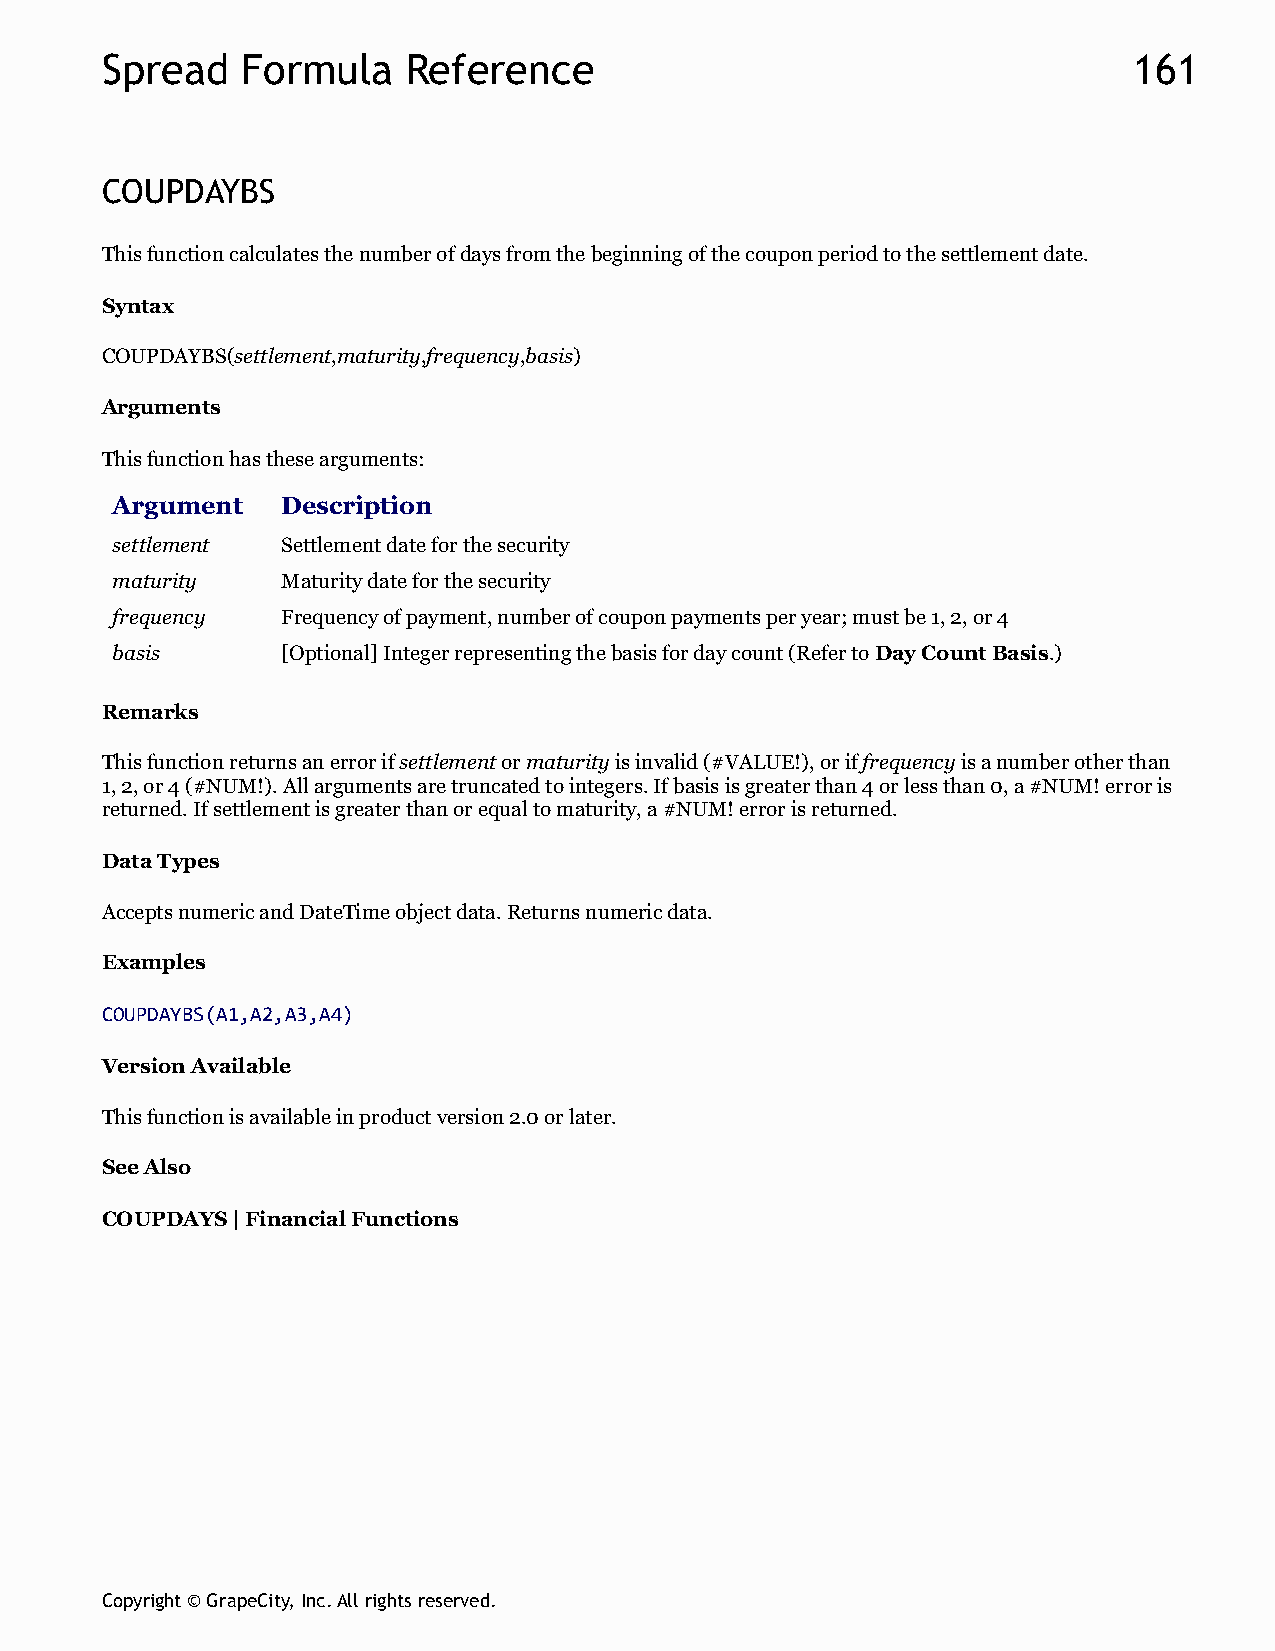
Spread   Formula    Reference                                       161
 COUPDAYBS
 This function calculates the number of days from the beginning of the coupon period to the settlement date.
 Syntax
 COUPDAYBS(settlement,maturity,frequency,basis)
 Arguments
 This function has these arguments:
 Argument    Description
 settlement  Settlement date for the security
 maturity    Maturity date for the security
 frequency   Frequency of payment, number of coupon payments per year; must be 1, 2, or 4
 basis       [Optional] Integer representing the basis for day count (Refer to Day Count Basis.)
 Remarks
 This function returns an error if settlement or maturity is invalid (#VALUE!), or if frequency is a number other than
 1, 2, or 4 (#NUM!). All arguments are truncated to integers. If basis is greater than 4 or less than 0, a #NUM! error is
 returned. If settlement is greater than or equal to maturity, a #NUM! error is returned.
 Data Types
 Accepts numeric and DateTime object data. Returns numeric data.
 Examples
 COUPDAYBS(A1,A2,A3,A4)
 Version Available
 This function is available in product version 2.0 or later.
 See Also
 COUPDAYS | Financial Functions
 Copyright © GrapeCity, Inc. All rights reserved.